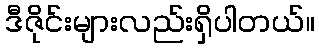
ဒီဇိုင်းများလည်းရှိပါတယ်။